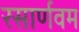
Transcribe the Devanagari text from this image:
रसार्णवम